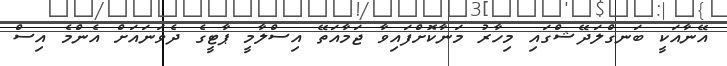
އޭނާއަކީ ބަނގްލަދޭޝްގައި މިހާރު މަނާކޮށްފައިވާ ޖަމާއަތޭ އިސްލާމީ ޕާޓީގެ ދެވަނައަށް އެންމެ އިސް